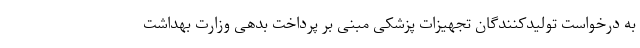
به درخواست تولیدکنندگان تجهیزات پزشکی مبنی بر پرداخت بدهی وزارت بهداشت